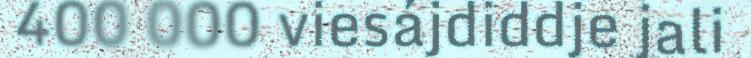
400 000 viesájdiddje jali